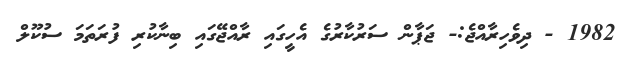
1982 - ދިވެހިރާއްޖެ:- ޖަޕާން ސަރުކާރުގެ އެހީގައި ރާއްޖޭގައި ބިނާކުރި ފުރަތަމަ ސުކޫލް